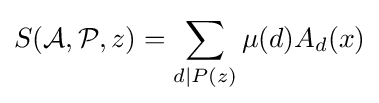
S({\mathcal {A}},{\mathcal {P}},z)=\sum \limits _{d\mid P(z)}\mu (d)A_{d}(x)